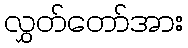
လွှတ်တော်အား